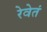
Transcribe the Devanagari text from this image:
रेवेतं